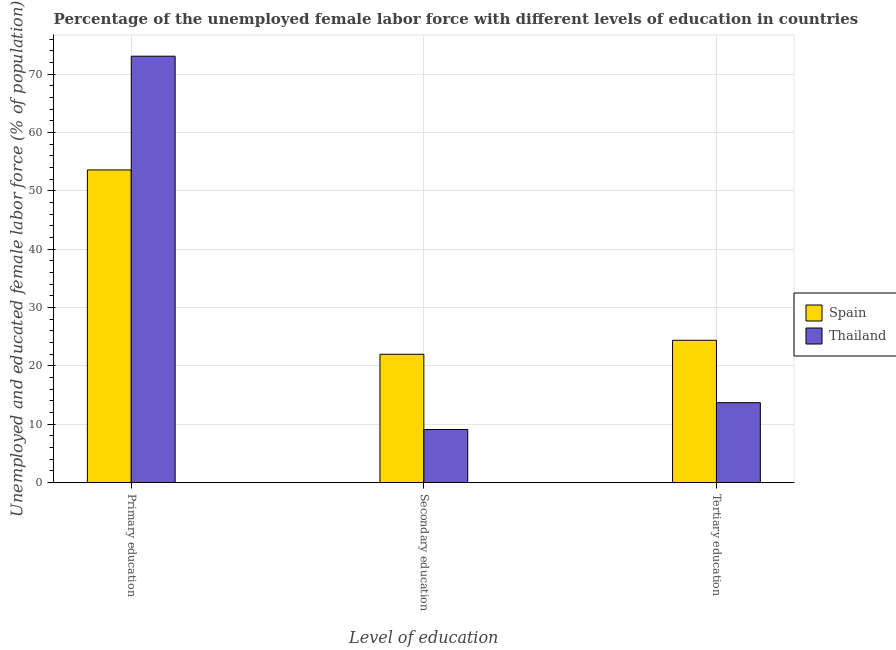
| Level of education | Spain | Thailand |
 | --- | --- | --- |
 | Primary education | 53.6 | 73.1 |
 | Secondary education | 22 | 9.1 |
 | Tertiary education | 24.4 | 13.7 |